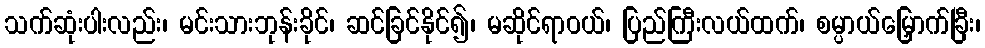
သက်ဆုံးပါးလည်း၊ မင်းသားဘုန်းခိုင်၊ ဆင်ခြင်နိုင်၍၊ မဆိုင်ရာဝယ်၊ ပြည်ကြီးလယ်ထက်၊ စမ္ပာယ်မြှောက်ခြီး၊